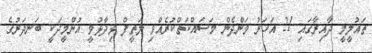
ތައުލީމީ ދާއިރާގައި 21 އަހަރު ވަންދެން މަސައްކަތްކުރެއްވި ލަތީފް ވިދާޅުވީ އުންމީދަކީ ބަނދަރުގެ